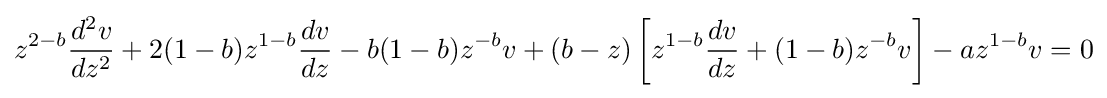
z^{2-b}{\frac {d^{2}v}{dz^{2}}}+2(1-b)z^{1-b}{\frac {dv}{dz}}-b(1-b)z^{-b}v+(b-z)\left[z^{1-b}{\frac {dv}{dz}}+(1-b)z^{-b}v\right]-az^{1-b}v=0